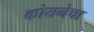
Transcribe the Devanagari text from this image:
कोयनेचा